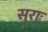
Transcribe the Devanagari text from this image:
सुराः